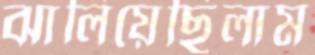
ঝালিয়েছিলাম